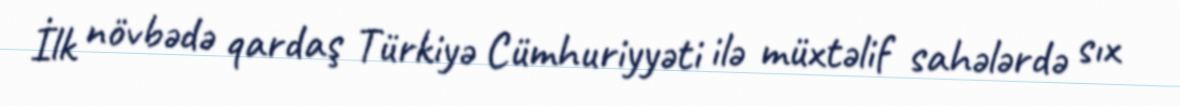
İlk növbədə qardaş Türkiyə Cümhuriyyəti ilə müxtəlif sahələrdə sıx